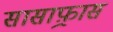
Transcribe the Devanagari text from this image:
सासाफ़्रास